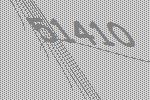
51410